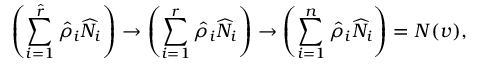
\left( \sum _ { i = 1 } ^ { \ensuremath { \hat { r } } } \ensuremath { \hat { \rho } } _ { i } \ensuremath { \widehat { N } } _ { i } \right) \to \left( \sum _ { i = 1 } ^ { r } \ensuremath { \hat { \rho } } _ { i } \ensuremath { \widehat { N } } _ { i } \right) \to \left( \sum _ { i = 1 } ^ { n } \ensuremath { \hat { \rho } } _ { i } \ensuremath { \widehat { N } } _ { i } \right) = N ( v ) ,